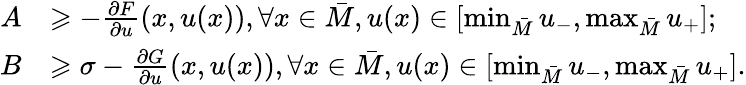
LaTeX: \begin{array}{rl}{A}&{\geqslant-\frac{\partial F}{\partial u}(x,u(x)),\forall x\in\bar{M},u(x)\in[\operatorname*{min}_{\bar{M}}u_{-},\operatorname*{max}_{\bar{M}}u_{+}];}\\ {B}&{\geqslant\sigma-\frac{\partial G}{\partial u}(x,u(x)),\forall x\in\bar{M},u(x)\in[\operatorname*{min}_{\bar{M}}u_{-},\operatorname*{max}_{\bar{M}}u_{+}].}\end{array}